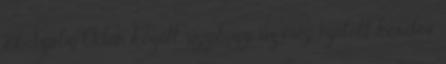
és Szabó Ödön között, úgyhogy az még nyitott kérdés,